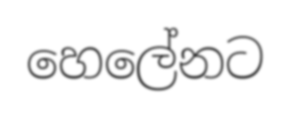
හෙලේනට